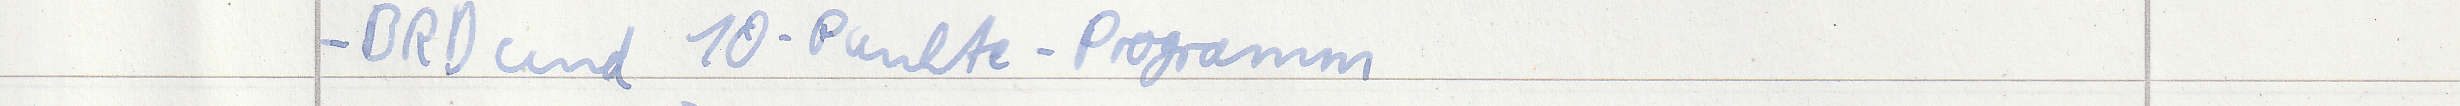
- BRD und 10-Punkte-Programm